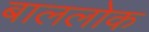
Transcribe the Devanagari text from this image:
बाललोक